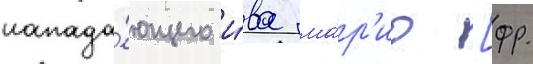
напада́ющего и́ва ма́р'ио [фр.